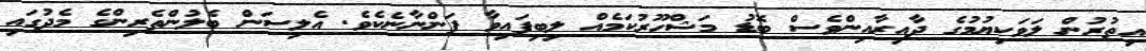
އިތުރުން ލަވަކިޔުމުގެ ދާއިރާއިންވެސް ބޮޑު މަޝްހޫރުކަމެއް ލިބިފައިވާ ފަންނާނެކެވެ. އެލިސަން ބެލުންތެރިންގެ މެދުގައި